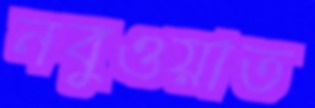
নবুওয়াত